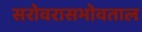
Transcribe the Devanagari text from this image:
सरोवरासभोवताल